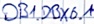
Text: DB1.DBX0.1